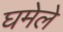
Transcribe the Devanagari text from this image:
घमेले